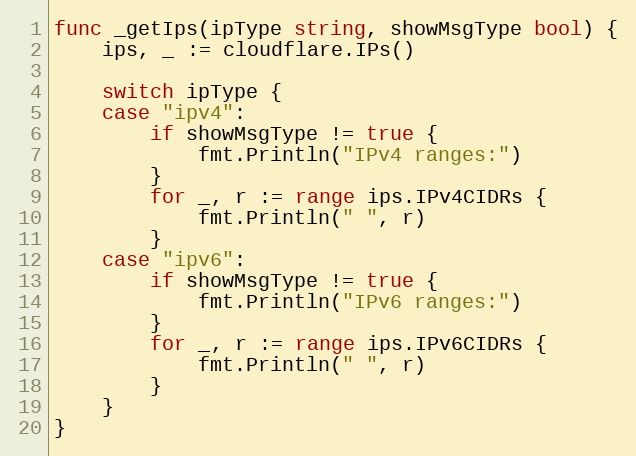
Language: Go
func _getIps(ipType string, showMsgType bool) {
	ips, _ := cloudflare.IPs()

	switch ipType {
	case "ipv4":
		if showMsgType != true {
			fmt.Println("IPv4 ranges:")
		}
		for _, r := range ips.IPv4CIDRs {
			fmt.Println(" ", r)
		}
	case "ipv6":
		if showMsgType != true {
			fmt.Println("IPv6 ranges:")
		}
		for _, r := range ips.IPv6CIDRs {
			fmt.Println(" ", r)
		}
	}
}